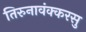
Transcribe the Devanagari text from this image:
तिरुनावंक्करसु